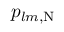
p _ { l m , \mathrm { N } }